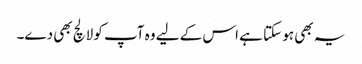
یہ بھی ہو سکتا ہے اس کے لیے وہ آپ کو لالچ بھی دے۔